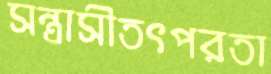
সন্ত্রাসীতৎপরতা